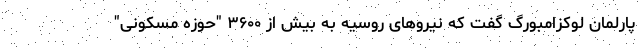
پارلمان لوکزامبورگ گفت که نیروهای روسیه به بیش از ۳۶۰۰ "حوزه مسکونی"